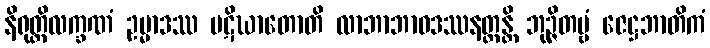
နိရုတ္တိလက္ခဏံ ဥမ္မာဒဿ ပဋိဃာတောတိ လာဘာဘာဝဒဿနတ္ထန္တိ ဘုဉ္ဇိတဗ္ဗံ ဇေဋ္ဌဘာတိကံ